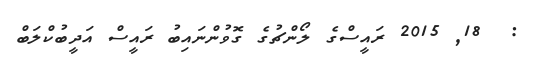
:  18